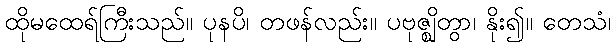
ထိုမထေရ်ကြီးသည်။ ပုနပိ၊ တဖန်လည်း။ ပဗုဇ္ဈိတွာ၊ နိုး၍။ တေသံ၊